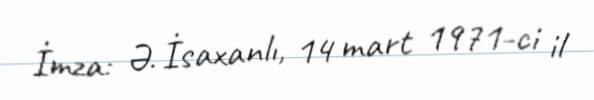
İmza: Ə. İsaxanlı, 14 mart 1971-ci il